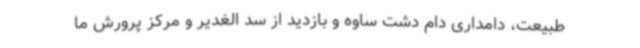
طبیعت، دامداری دام دشت ساوه و بازدید از سد الغدیر و مرکز پرورش ما